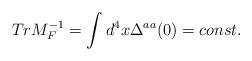
LaTeX: \begin{align*}TrM_F^{-1}=\int d^4x\Delta ^{aa}(0)=const.\end{align*}